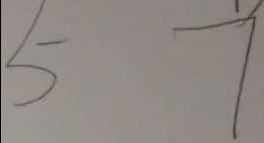
5 7